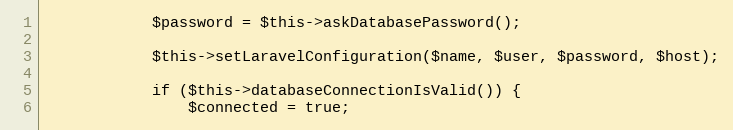
Language: PHP
            $password = $this->askDatabasePassword();

            $this->setLaravelConfiguration($name, $user, $password, $host);

            if ($this->databaseConnectionIsValid()) {
                $connected = true;